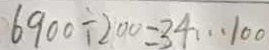
6 9 0 0 \div 2 0 0 = 3 4 \cdots 1 0 0